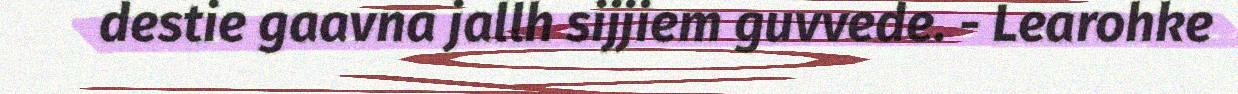
destie gaavna jallh sijjiem guvvede. - Learohke